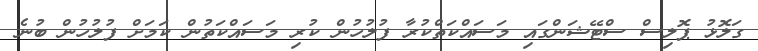
ގަލޮޅު ޕޮލިސް ސްޓޭޝަންގައި މަސައްކަތްކުރާ ފުލުހުން ކުރި މަސައްކަތުން ކަމަށް ފުލުހުން ބުނެ